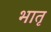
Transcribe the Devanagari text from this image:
भातृ